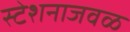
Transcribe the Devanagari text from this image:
स्टेशनाजवळ